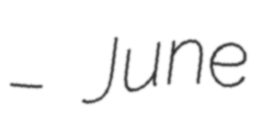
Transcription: – June